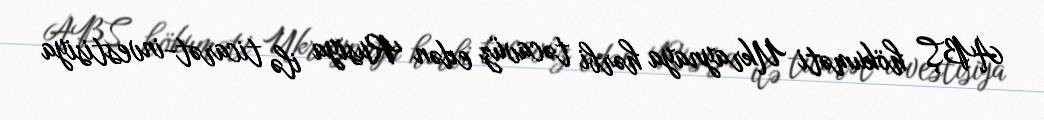
ABŞ hökuməti Ukraynaya hərbi təcavüz edən Rusiya ilə ticarət-investisiya